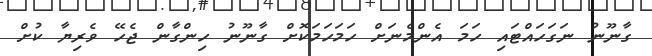
ގާނޫނު ނަގަހައްޓައި ހަމަ އެންމެނަށް ހަމަހަމަކޮށް ގާނޫނު ހިންގާން ޖެހޭ ވެރިޔާ ކުށް